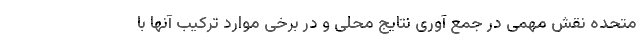
متحده نقش مهمی در جمع آوری نتایج محلی و در برخی موارد ترکیب آنها با